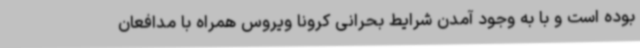
بوده است و با به وجود آمدن شرایط بحرانی کرونا ویروس همراه با مدافعان